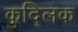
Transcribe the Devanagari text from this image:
कुद्लिक